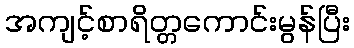
အကျင့်စာရိတ္တကောင်းမွန်ပြီး